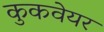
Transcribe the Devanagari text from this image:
कुकवेयर